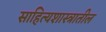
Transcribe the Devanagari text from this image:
साहित्यशास्त्रातील